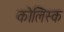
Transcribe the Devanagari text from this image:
कोलिस्क